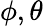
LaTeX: \phi,\theta